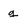
Character: g